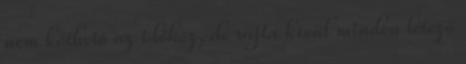
nem köthető az időhöz, de rajta kívül minden létező